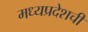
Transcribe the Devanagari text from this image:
मध्यप्रदेशची